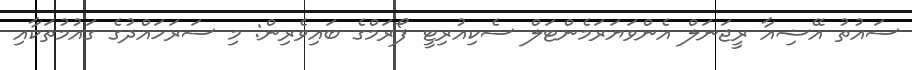
ސައުތު އޭޝިއާ ރީޖަނަލް އެންވަޔަރަމެންޓަލް ސެކިއުރިޓީ ފޯރަމްގެ ބައިވެރިން: މި ސަރަހައްދުގެ ގައުމުތަކާއި